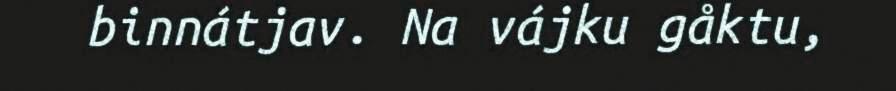
binnátjav. Na vájku gåktu,